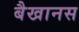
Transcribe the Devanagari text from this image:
बैखानस